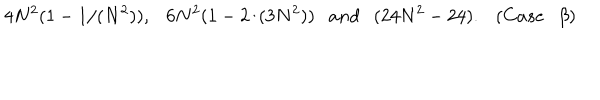
4 N ^ { 2 } ( 1 - 1 / ( N ^ { 2 } ) ) , 6 N ^ { 2 } ( 1 - 2 / ( 3 N ^ { 2 } ) ) a n d ( 2 4 N ^ { 2 } - 2 4 ) . ( C a s e \beta )